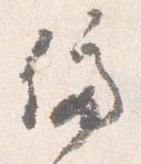
停